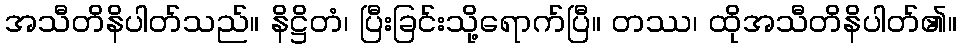
အသီတိနိပါတ်သည်။ နိဋ္ဌိတံ၊ ပြီးခြင်းသို့ရောက်ပြီ။ တဿ၊ ထိုအသီတိနိပါတ်၏။